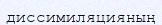
диссимиляцияның